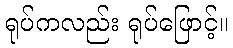
ရုပ်ကလည်း ရုပ်ဖြောင့်။